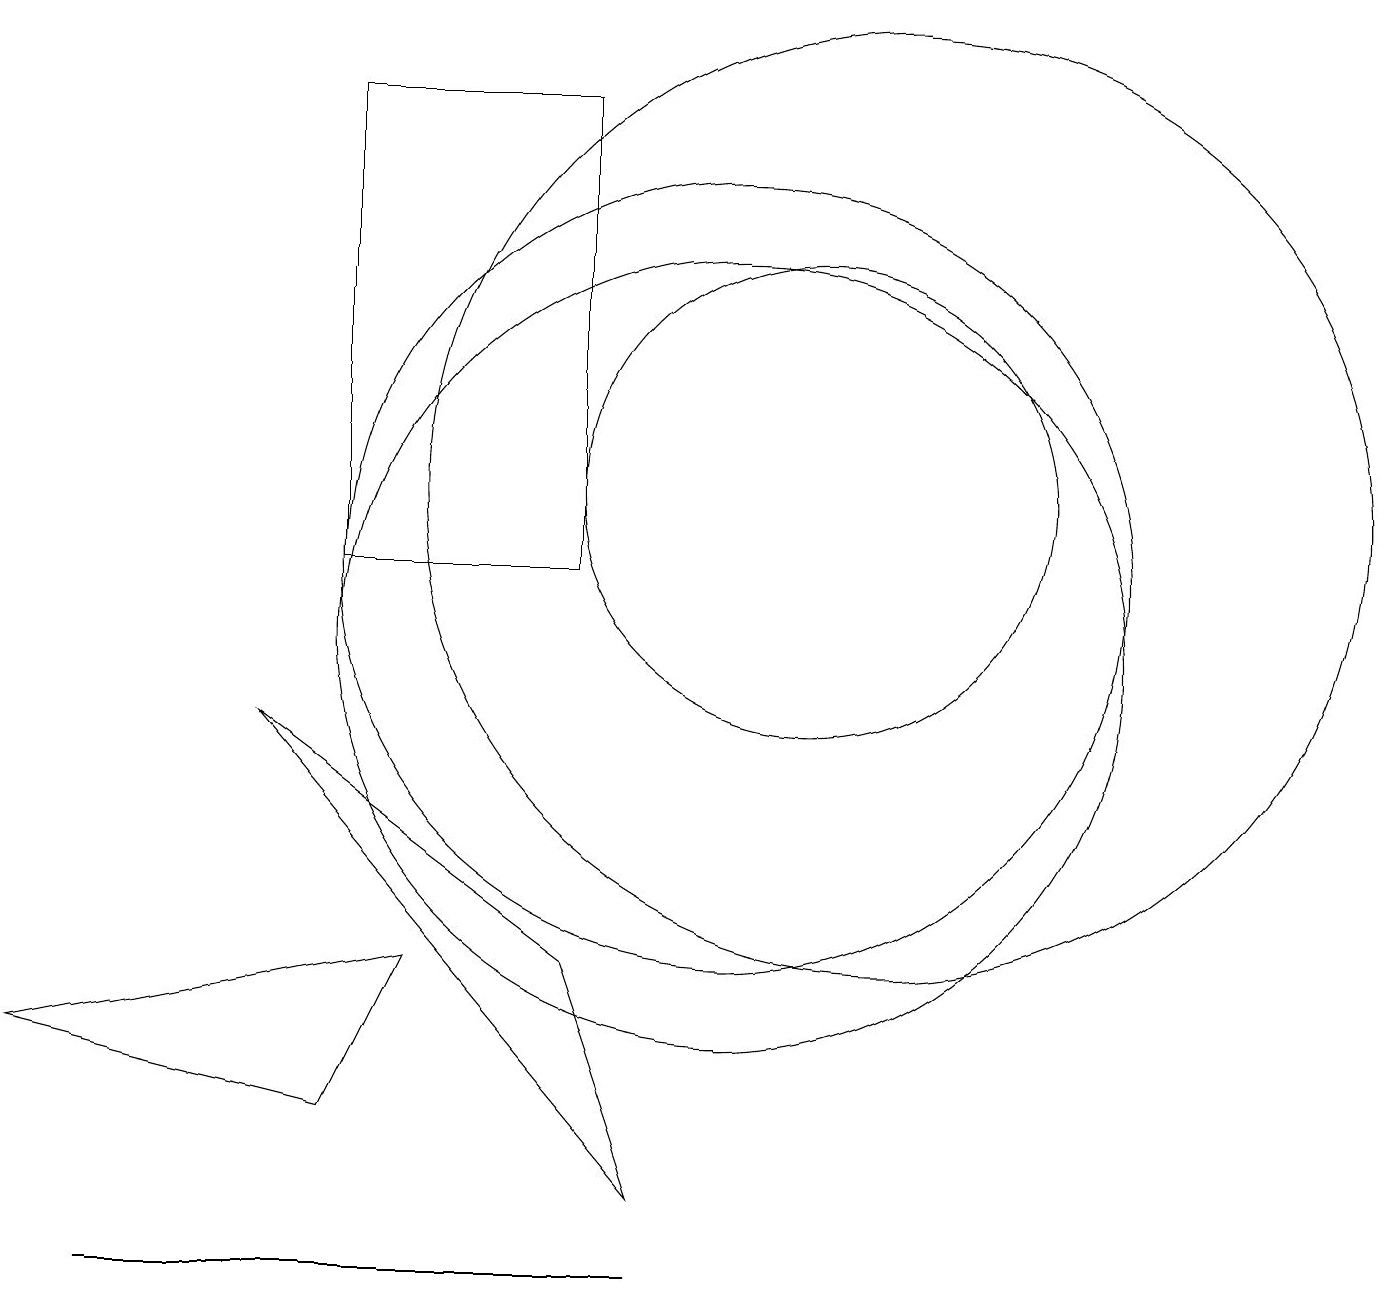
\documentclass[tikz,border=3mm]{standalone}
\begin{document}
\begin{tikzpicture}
\draw (5,17) rectangle (8,11);
\draw (9,3) -- (4,9) -- (8,6) -- cycle;
\draw (10,10) circle (5);
\draw (12,12) circle (6);
\draw (2,2) -- (3,2) -- (9,2) -- cycle;
\draw (11,12) circle (3);
\draw (10,11) circle (5);
\draw (5,4) -- (1,5) -- (6,6) -- cycle;
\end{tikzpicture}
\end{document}